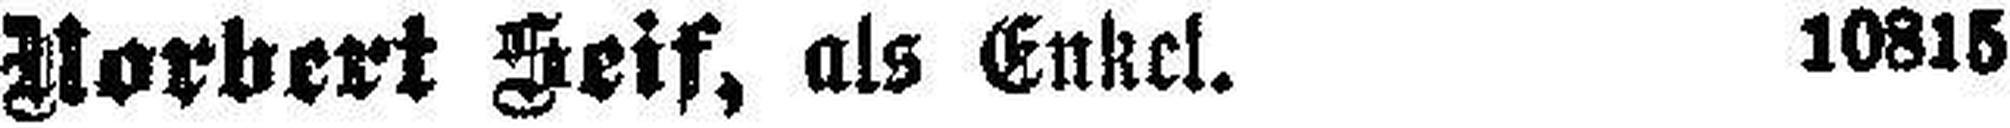
Norbert Seif, als Enkel. 10815